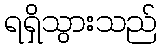
ရရှိသွားသည်